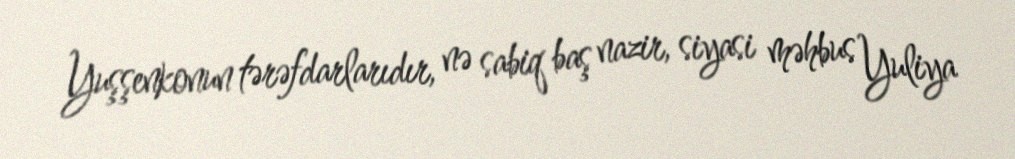
Yuşşenkonun tərəfdarlarıdır, nə sabiq baş nazir, siyasi məhbus Yuliya